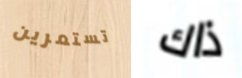
تستمرين ذاك